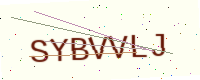
Text: SYBVVLJ